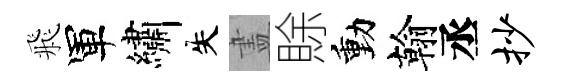
飛軍繡失𥁞賖動翰丞抄